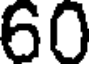
60